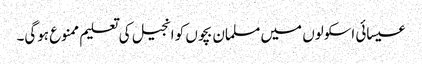
عیسائی اسکولوں میں مسلمان بچوں کو انجیل کی تعلیم ممنوع ہوگی۔